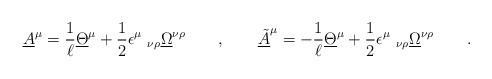
\begin{align*} \underline{A}^{ \mu} = \frac 1 \ell \underline{\Theta}^{ \mu} + {1\over 2} \epsilon^{ \mu}\ _{ \nu\rho} \underline{\Omega}^{ \nu \rho} \qquad , \qquad \underline{\tilde A}^{ \mu} = - \frac 1 \ell \underline{\Theta}^{ \mu} + {1\over 2} \epsilon^{ \mu}\ _{ \nu\rho} \underline{\Omega}^{ \nu \rho} \qquad .\end{align*}